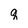
Character: q